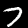
Digit: 7